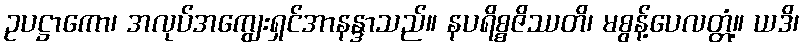
ဥပဋ္ဌာကော၊ အလုပ်အကျွေးရှင်အာနန္ဒာသည်။ နပရိစ္စဇိဿတိ၊ မစွန့်ပေလတ္တံ့။ ယဒိ၊